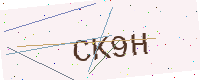
Text: CK9H